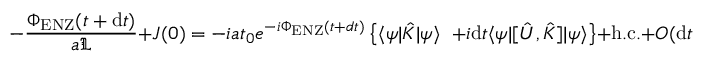
- \frac { \Phi _ { \mathrm { E N Z } } ( t + \mathrm { d } t ) } { a \mathfrak { L } } + J ( 0 ) = - i a t _ { 0 } e ^ { - i \Phi _ { \mathrm { E N Z } } ( t + d t ) } \left\{ \langle \psi | \hat { K } | \psi \rangle \right. \, \left. + i \mathrm { d } t \langle \psi | [ \hat { U } , \hat { K } ] | \psi \rangle \right\} + \mathrm { h . c . } + O ( \mathrm { d } t ^ { 2 } )